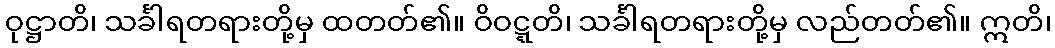
ဝုဋ္ဌာတိ၊ သင်္ခါရတရားတို့မှ ထတတ်၏။ ဝိဝဋ္ဋတိ၊ သင်္ခါရတရားတို့မှ လည်တတ်၏။ ဣတိ၊